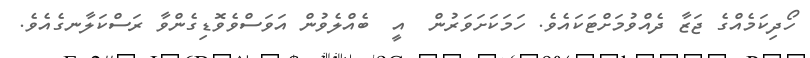
ހޯދިކަމެއްގެ ޖަޒާ ދެއްވުމަށްޓަކައެވެ. ހަމަކަށަވަރުން  އީ  ބެއްލެވުން އަވަސްވެވޮޑިގެންވާ ރަސްކަލާނގެއެވެ.